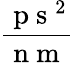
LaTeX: \frac{\mathrm{~p~s~}^{2}}{\mathrm{~n~m~}}